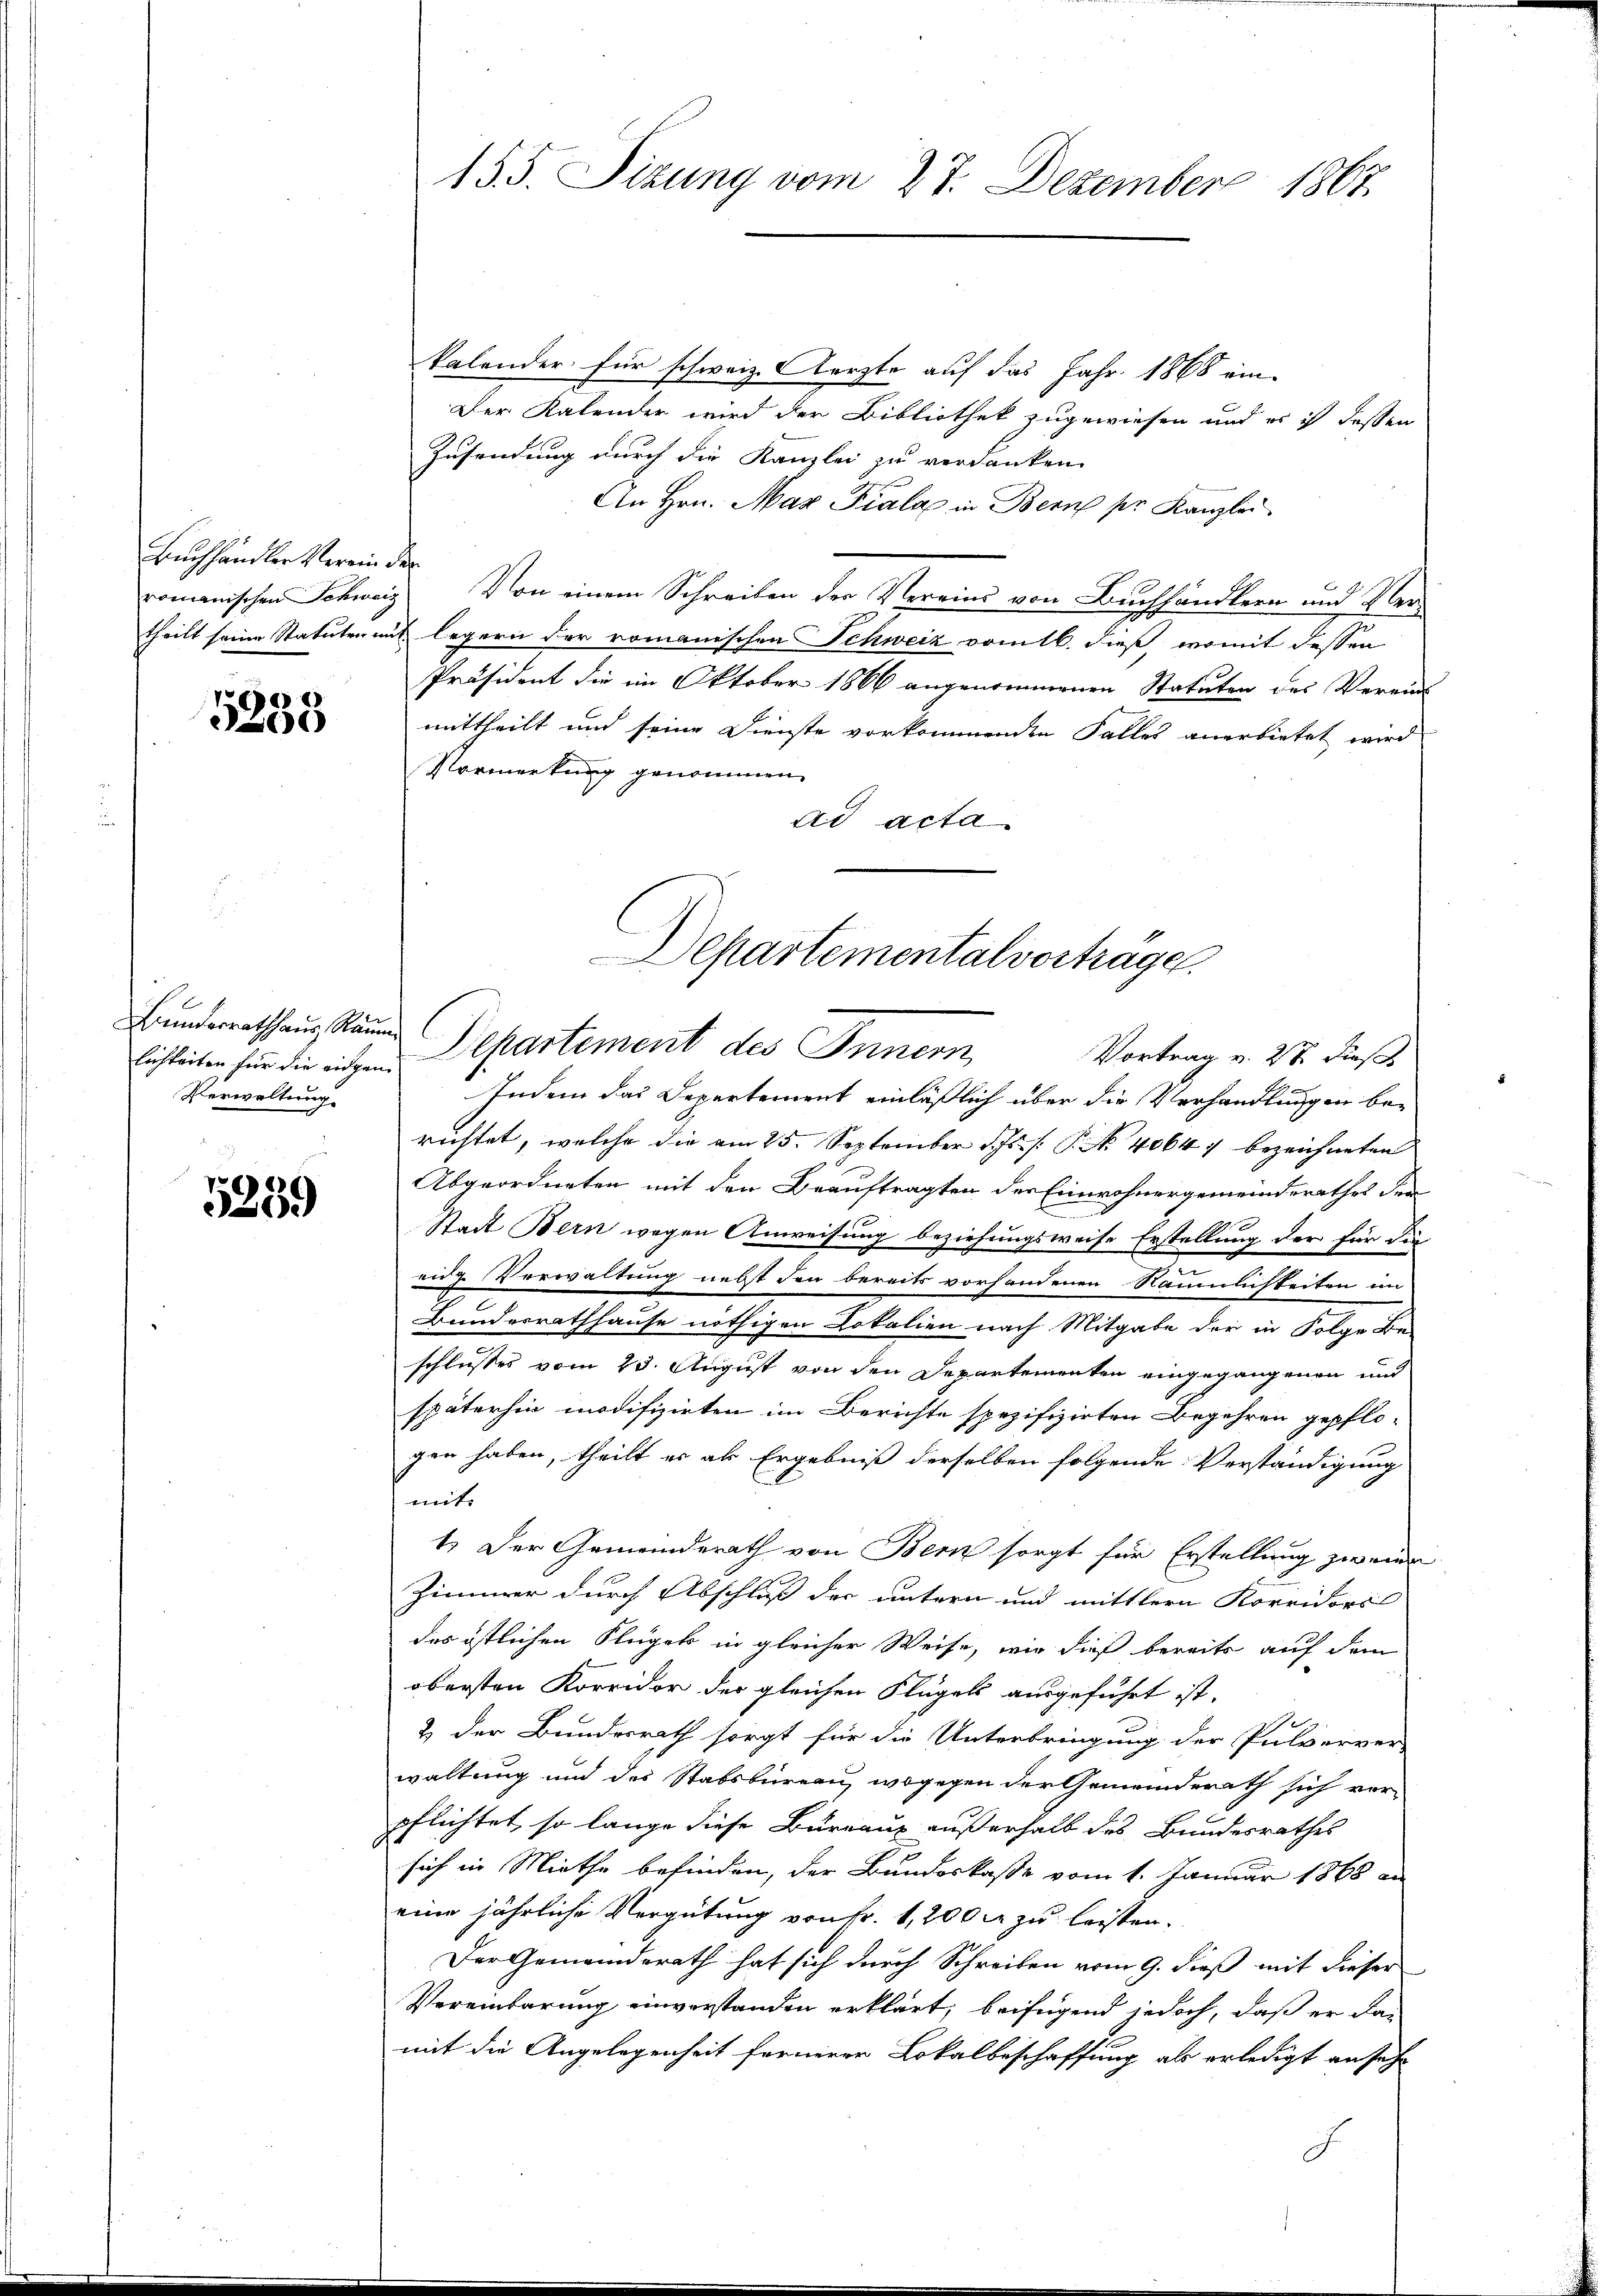
Buchhändler Verein der

5233

Bunderrathaus Raum
Verwaltung

5239

15.5. Sizung vom 27. Dezember 1867

kalender für schweiz. Aerzte auf das Jahr 1868 ein-
Der Kalender wird der Bibliothek zugewiesen und er ich dessen
Zusendung durch die Kanzlei zu verdanken
An Hrn. Max Piala in Bern pr. Kanzlei
romanischen Schweiz. Von einem Schreiben der Vereins von Buchhändlern und Vertheilt seine Statuten mit legern der romanischen Schweiz vom 16. dieß womit dessen
Präsident die im Oktober 1866 angenommenen Statuten des Vereins
mittheilt und seine Dienste vorkommenden Falles anerbietet wird
Vormerkung genommen.
ad acta.
Indem das Departement einläßlich über die Verhandlungen be-
richtet, welche die am 25. September d. Js. s. S. Nr. 40647 bezeichneten |
Abgeordneten mit den Beauftragten der Einwohnergemeinderathes der
Stadt Bern wegen Anweisung beziehungsweise Erstellung der für die
eidg. Verwaltung nebst den bereits vorhandenen Sammlichkeiten im
Bundesrathhause nöthigen Lokalien nach Mitgabe der in Folge Be-
schlusses vom 23. August von den Departementen eingegangenen und
späterhin modifizirten im Berichte spezifizirten Begehren gepflogen haben, theilt er als Ergebniß derselben folgende Verständigung
mit:
1.) Der Gemeinderath von Bern sorgt für Erstellung zweide
Zimmer durch Abschluß der untern und mittlern Korridors
des östlichen Flügels in gleicher Weise, wir dieß bereits auf dem
obersten Korridor der gleichen Flügels ausgeführt ist.
2 der Bundesrath sorgt für die Unterbringung der Pulverver-
waltung und des Stabsbureau, wogegen der Gemeinderath sich vor-
pflichtet, so lange diese Burraus außerhalb des Bundesrathes
sich in Miethe befinden, der Bundeskaße vom 1. Januar 1868 an
eine jährliche Vergütung von Fr. 1,200 rt zu leisten.
Der Gemeinderath hat sich durch Schreiben vom 9. dieß mit dieser
Vereinbarung einverstanden erklärt, beifügend jedoch, daß er dan
mit die Angelegenheit ferneren Lokalbeschaffung als erledigt an sehr

Departementalvorträge.
lichkeiten für die eigen Departement des Innern,
Vortrag v. 27. dieß